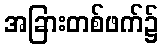
အခြားတစ်ဖက်၌